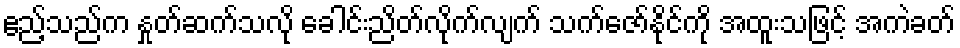
ဧည့်သည်က နှုတ်ဆက်သလို ခေါင်းညိတ်လိုက်လျက် သက်ဇော်နိုင်ကို အထူးသဖြင့် အကဲခတ်